Vaccination in the Punjab 1919-1929 - 1919-1929
Year: 1919
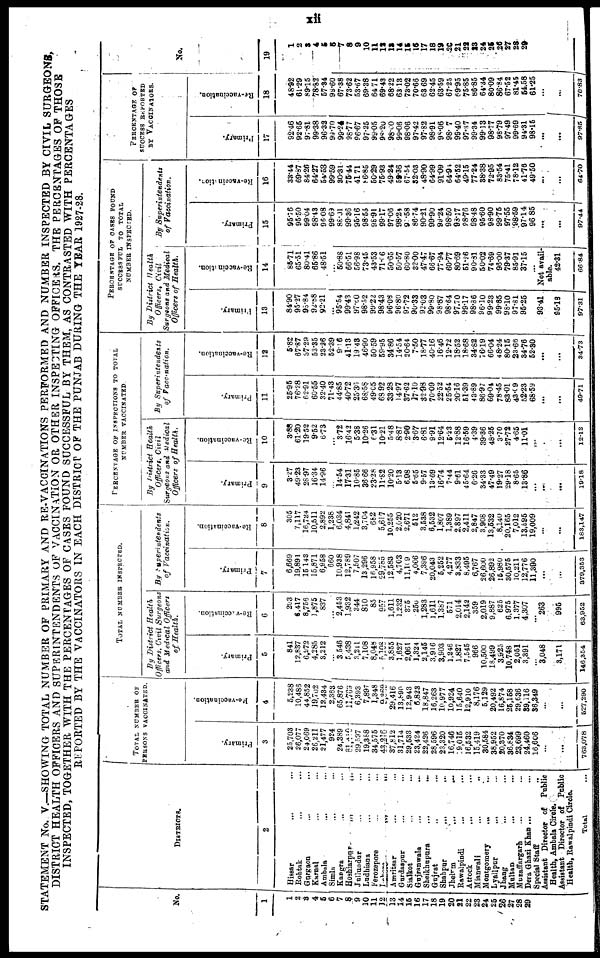
xii
STATEMENT No. V.—SHOWING TOTAL NUMBER OF PRIMARY AND RE-VACCINATIONS PERFORMED AND NUMBER INSPECTED BY CIVIL SURGEONS
DISTRICT HEALTH OFFICERS AND SUPERINTENDENTS OF VACCINATION OR OTHER INSPECTING OFFICE AS. THE PERCENTAGES OF THOSE
INSPECTED, TOGETHER WITH THE PERCENTAGES OF CASES FOUND SUCCESSFUL BY THEM, AS CONTRASTED WITH PERCENTAGES
REPORTED BY THE VACCINATORS IN EACH DISTRICT OF THE PUNJAB DURING THE YEAR 1927-28.
No.
1
1
2
3
4
5
6
7
8
9
10
11
12
13
14
15
16
17
18
19
20
21
22
23
24
25
26
27
28
29
DISTRICTS
2
Hissar ... ...
Rohtak ... ...
Gurgaon ... ...
Karnal ... ...
Ambala ... ...
Simla ... ...
Kangra
... ...
Hoshiarpur
...
...
Jullundur ... ...
Ludhina ... ...
Ferozepore ... ...
Lahore ... ...
Amritsar ... ...
Gurdaspur ... ...
Sialkot ... ...
Gujranwala ... ...
Sheikhupura ... ...
Gujrat... ...
Shahpur ... ...
Jhelum ... ...
Rawalpindi ... ...
Attock ... ...
Mianwali ... ...
Montgomery ... ...
Lyllpur ... ...
Jhang ... ...
Multan ... ...
Muzaffargarh ... ...
Dera Ghazi Khan ... ...
Special Staff ...
Assistant Director of Public
Health, Ambala Circle.
Assistant Director of Public
Health, Rawalpindi Circle.
Total ...
TOTAL NUMBER OF
PERSONS VACCINATED.
Primary.
3
25,703
26,077
24,069
26,211
21,477
924
24,389
31,410
29,597
19,388
34,575
43,216
37,812
31,714
29,533
23,424
22,426
28,596
23,320
16,746
19,015
16,532
15 419
30,584
38 952
20,370
36 834
23,699
24,460
16,606
...
...
763,078
Re-vaccination.
4
5,238
10,486
44,852
19,702
12,434
2,363
65,876
11,769
6,393
7,897
1,348
9,369
29,416
13,890
12,943
6,823
18,847
16,263
10,977
10 924
15,640
12,910
8,176
5,129
20,492
16,874
25,158
29,636
39,116
36,349
...
...
527,290
TOTAL NUMBER INSPECTED.
By District Health
Officers, Civil Surgeons
and Medical Officers
of Health.
Primary.
5
841
12,837
6,972
4,285
3,212
...
3,546
5,438
3,211
7,108
8,048
5,108
3,855
1,627
2,061
1,324
2,145
3,916
3,903
1,246
1,827
7,545
966
10,500
18,499
3,925
10,748
2,051
3,391
...
3,048
3,171
146,354
Re-vaccination.
6
203
6,417
8,756
1,875
837
...
2,453
1,932
344
810
85
957
1,611
1,232
375
250
1,283
1,611
1,387
571
2,014
2,142
359
2,019
9,887
625
6,975
1,377
4,307
... 263
995
63,952
By
Superintendents
of Vaccination.
Primary.
7
6,669
19,891
15,143
15,871
6,958
660
10,938
12,789
7,507
13,296
16,958
29,785
12,583
4,703
11,109
4,006
7,396
20,043
5,252
4,277
3,833
8,495
6,767
26,600
26,892
15,980
30,575
10,211
12,776
11,390
...
...
379,353
Re-vaccination.
8
305
7,117
16,724
10,511
2,892
1,238
6,034
4,841
1,242
3,704
682
5,617
10,255
2,020
2,671
512
3,538
6,532
1,807
1,389
2,897
2,411
2,847
3,908
13,532
8,140
20,165
7,012
13,595
19,009
...
...
183,147
PERCENTAGE OF INSPECTIONS TO TOTAL
NUMBER VACCINATED.
By District Health
Officers, Civil
Surgeons and Medical
Officers of Health.
Primary.
9
3.27
49.23
28.97
16.34
14.96
...
14.54
17.31
10.85
36.66
23.28
11.82
10.20
5.13
6.98
5.65
9.57
13.69
16.74
7.44
9.61
45.64
6.26
34.33
47.49
19.27
29.18
8.65
13.86
...
..
...
19.18
Re-vaccination.
10
3.88
61.20
19.52
9.52
6.73
...
3.72
16.42
5.38
10.26
6.31
10.21
5.48
8.87
2.90
3.67
6.81
9.91
12.64
5.23
12.88
16.59
4.39
39.36
48.25
3.70
27.72
4.65
11.01
...
...
...
12.13
By
Superintendents
of Vaccination.
Primary.
11
25.95
76.28
62.91
60.55
32.40
71.43
44.85
40.72
25.36
68.58
49.05
68.92
33.28
14.97
37.62
17.10
32.98
70.09
22.52
25.54
20.16
51.39
43.89
86.97
69.04
78.45
83.01
43.09
52.23
68.59
...
...
49.71
Re-vaccination.
12
5.82
67.87
37.29
53.35
23.26
52.39
9.16
41.13
19. 43
46.90
50.59
59.95
34.86
14.54
20.64
7.50
18.77
40.16
16.46
12.72
18.52
18.68
34.82
76.19
66.04
48.24
80.15
23,66
34.76
52.30
...
...
34.73
PERCENTAGE OF CASES FOUND
SUCCESSFUL TO TOTAL
NUMBER INSPECTED.
By District Health
Officers, Civil
Surgeons and Medical
Officers of Health.
Primary.
13
84.90
95.27
98.84
92.88
92.21
...
95.54
99.43
97.60
98.52
99.22
98.43
96.08
96.80
97.72
90.33
92.03
99.80
98.87
98.64
97.70
99.17
98.86
96.10
99.23
99.85
98.10
97.81
95.25
...
93.41
95.18
97.31
Re-vaccination.
14
85.71
65.51
80.41
65.86
48.51
...
50.88
66.51
56.98
73.45
43.53
71.06
50.65
50.57
60.80
32.00
47.47
66.67
77.94
60.77
80.69
51.26
90.81
50.02
74.69
96.00
79.37
85.91
37.15
...
Not avail-
able.
42.31
66.84
By Superintendents
of Vaccination.
Primary.
15
95.76
95.50
99.04
98.43
96.08
99.69
88.01
99.36
95.16
98.55
98.91
99.17
97.06
98.24
97.58
86.74
90.21
99.90
99.24
98.50
98.17
88.76
98.48
95.60
98.90
99.75
97.55
98.59
97.14
96.85
...
...
97.44
Re-vaccimtion.
16
33.44
69.87
84.26
64.27
54.53
99.59
30.31
75.44
41.71
86.85
50.29
75.93
49.24
59.36
67.54
32.03
48.90
64.99
91.09
64.9
64.52
49.15
77.24
38.38
72.95
83.54
75.41
78.12
41.76
49.50
...
...
64.70
PERCENTAGE OF
SUCCESS REPORTED
BY VACCINATORS.
Primary.
17
92.46
92.65
97.81
99.38
96.32
99.70
99.24
98.77
96.67
97.25
99.05
98.20
98.00
99.06
98.06
97.42
97.82
98.91
98.06
98.07
99.40
97.37
99.34
99.13
98.77
98.79
97.49
99.69
94.31
98.15
...
...
97.85
Re-vaccination.
18
48.92
61.29
89.15
78.82
57.34
99.60
67.38
73.62
53.67
69.38
64.71
69.43
68.22
63.13
73.02
70.66
63.69
62.45
63.59
67.25
69.95
75.85
86.85
64.34
80.09
86.84
67.52
81.45
54.58
61.25
...
...
70.83
No.
19
1
2
3 4
5
6
7
8
9
10
11
12
13
14
15
16
17
18
19
20
21
22
23
24
25
26
27
28
29